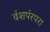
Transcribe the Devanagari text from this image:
वंशपंरपरा